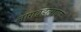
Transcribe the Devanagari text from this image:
लागवडलायक